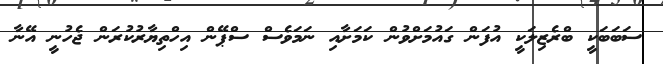
ސަބަބަކީ ބްރެޒިލަކީ އުފަން ގައުމަށްވުން ކަމަށާއި ނަމަވެސް ސްޕޭން އިހްތިޔާރުކުރަން ޖެހުނީ އޭނާ